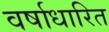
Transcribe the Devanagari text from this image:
वर्षाधारित